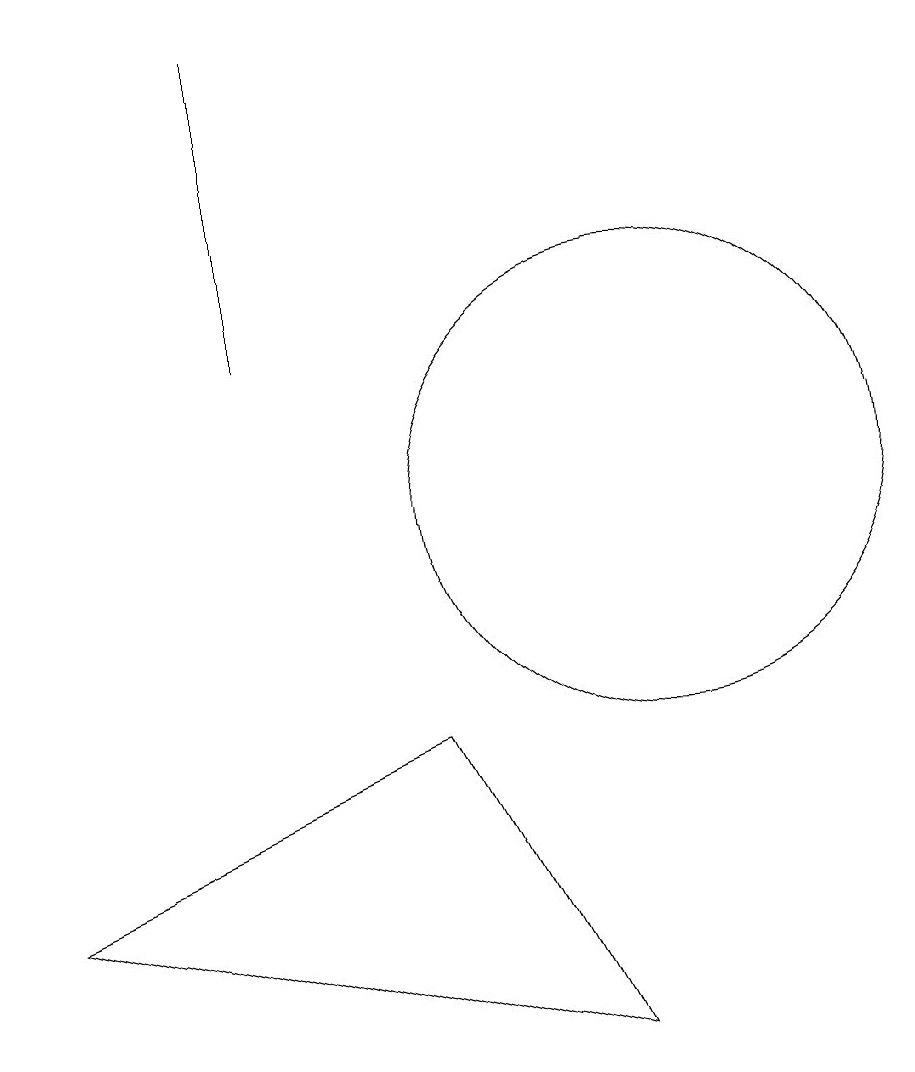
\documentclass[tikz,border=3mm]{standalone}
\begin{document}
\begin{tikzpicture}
\draw (7,7) -- (2,5) -- (9,3) -- cycle;
\draw (10,10) circle (3);
\draw (5,16) rectangle (5,12);
\draw (10,10) circle (0);
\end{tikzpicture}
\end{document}